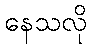
နေသလို